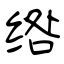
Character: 绺